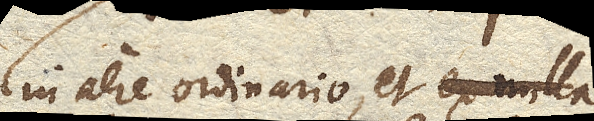
in aere ordinario, et ex nulla .